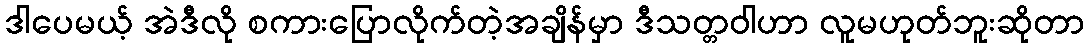
ဒါပေမယ့် အဲဒီလို စကားပြောလိုက်တဲ့အချိန်မှာ ဒီသတ္တဝါဟာ လူမဟုတ်ဘူးဆိုတာ